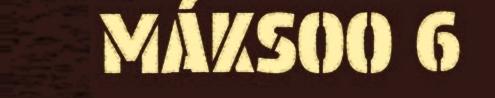
MÁKSOO 6